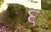
૬